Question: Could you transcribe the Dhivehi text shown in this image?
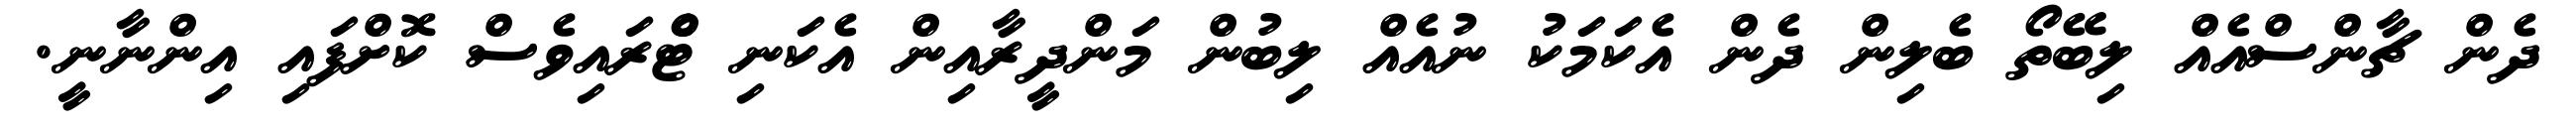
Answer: ދެން ޗާންސްއެއް ލިބޭތޯ ބެލިން ދެން އެކަމަކު ނުއެއް ލިބުން މަންދީރާއިން އެކަނި ޓްެރައިވެސް ކޮށްފައި އިންނާނީ.